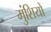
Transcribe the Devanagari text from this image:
मुंशियों